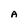
Character: A